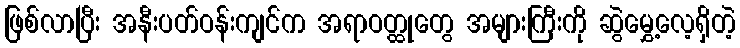
ဖြစ်လာပြီး အနီးပတ်ဝန်းကျင်က အရာဝတ္ထုတွေ အများကြီးကို ဆွဲမွှေ့လေ့ရှိတဲ့